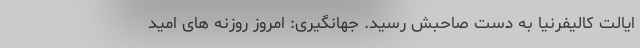
ایالت کالیفرنیا به دست صاحبش رسید. جهانگیری: امروز روزنه های امید